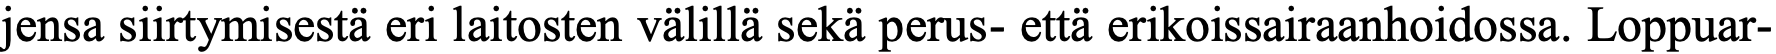
jensa siirtymisestä eri laitosten välillä sekä perus- että erikoissairaanhoidossa. Loppuar-